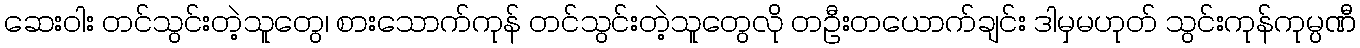
ဆေးဝါး တင်သွင်းတဲ့သူတွေ၊ စားသောက်ကုန် တင်သွင်းတဲ့သူတွေလို တဦးတယောက်ချင်း ဒါမှမဟုတ် သွင်းကုန်ကုမ္ပဏီ